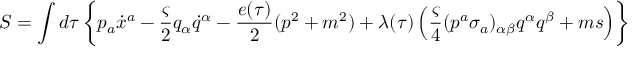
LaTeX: S = \int d \tau \left\{ p _ { a } \dot { x } ^ { a } - \frac { \varsigma } { 2 } q _ { \alpha } \dot { q } ^ { \alpha } - \frac { e ( \tau ) } { 2 } ( p ^ { 2 } + m ^ { 2 } ) + \lambda ( \tau ) \left( \frac { \varsigma } { 4 } ( p ^ { a } \sigma _ { a } ) _ { \alpha \beta } q ^ { \alpha } q ^ { \beta } + m s \right) \right\}